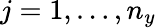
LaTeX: j=1,\dots,n_{y}